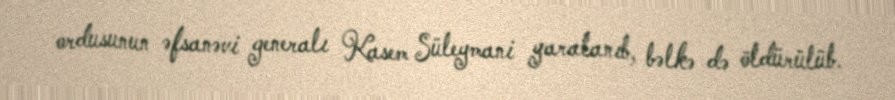
ordusunun əfsanəvi generalı Kasem Süleymani yaralanıb, bəlkə də öldürülüb.